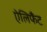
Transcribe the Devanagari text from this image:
ऐलिफैंट